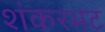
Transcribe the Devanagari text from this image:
शंकरभट